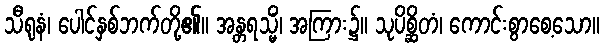
သီရုနံ၊ ပေါင်နှစ်ဘက်တို့၏။ အန္တရသ္မိံ၊ အကြား၌။ သုပိစ္ဆိတံ၊ ကောင်းစွာစေ့သော။